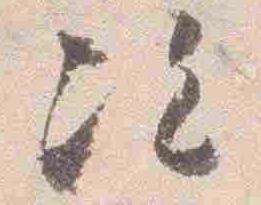
次